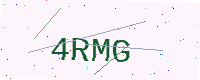
Text: 4RMG